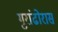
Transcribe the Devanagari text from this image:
गुरांढोरास